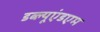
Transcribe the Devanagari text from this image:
डब्ल्यूएंडएम